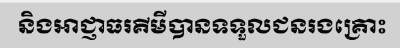
និងអាជ្ញាធរគីមីបានទទួលជនរងគ្រោះ